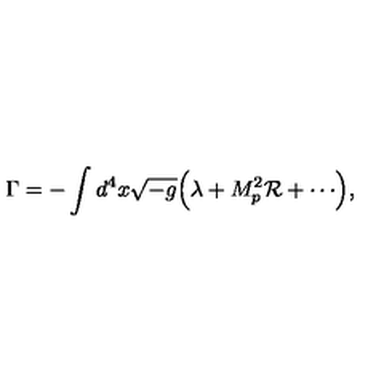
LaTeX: \Gamma = - \int d ^ { 4 } x \sqrt { - g } \Bigl ( \lambda + M _ { p } ^ { 2 } { \cal R } + \cdots \Bigr ) ,